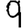
Digit: 9